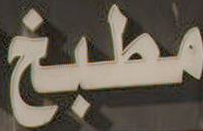
مطبخ